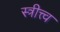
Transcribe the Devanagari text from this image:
स्त्रीत्त्व